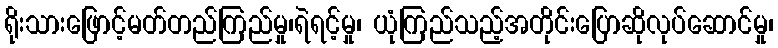
ရိုးသားဖြောင့်မတ်တည်ကြည်မှု၊ရဲရင့်မှု၊ ယုံကြည်သည့်အတိုင်းပြောဆိုလုပ်ဆောင်မှု၊